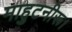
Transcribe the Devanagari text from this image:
माहुटनीरू।